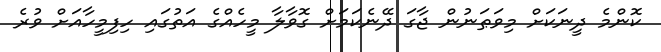
ކޮންމެ ދީނަކަށް މިވަޠަނުން ޖާގަ ދޭނެކަމަށް ގޮވާލާ މީހެއްގެ އަތުގައި ހިފިމީހާއަށް ވުރެ